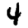
Digit: 4